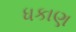
ધકાણ